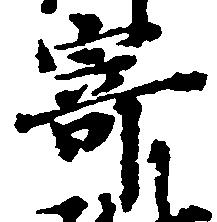
寄